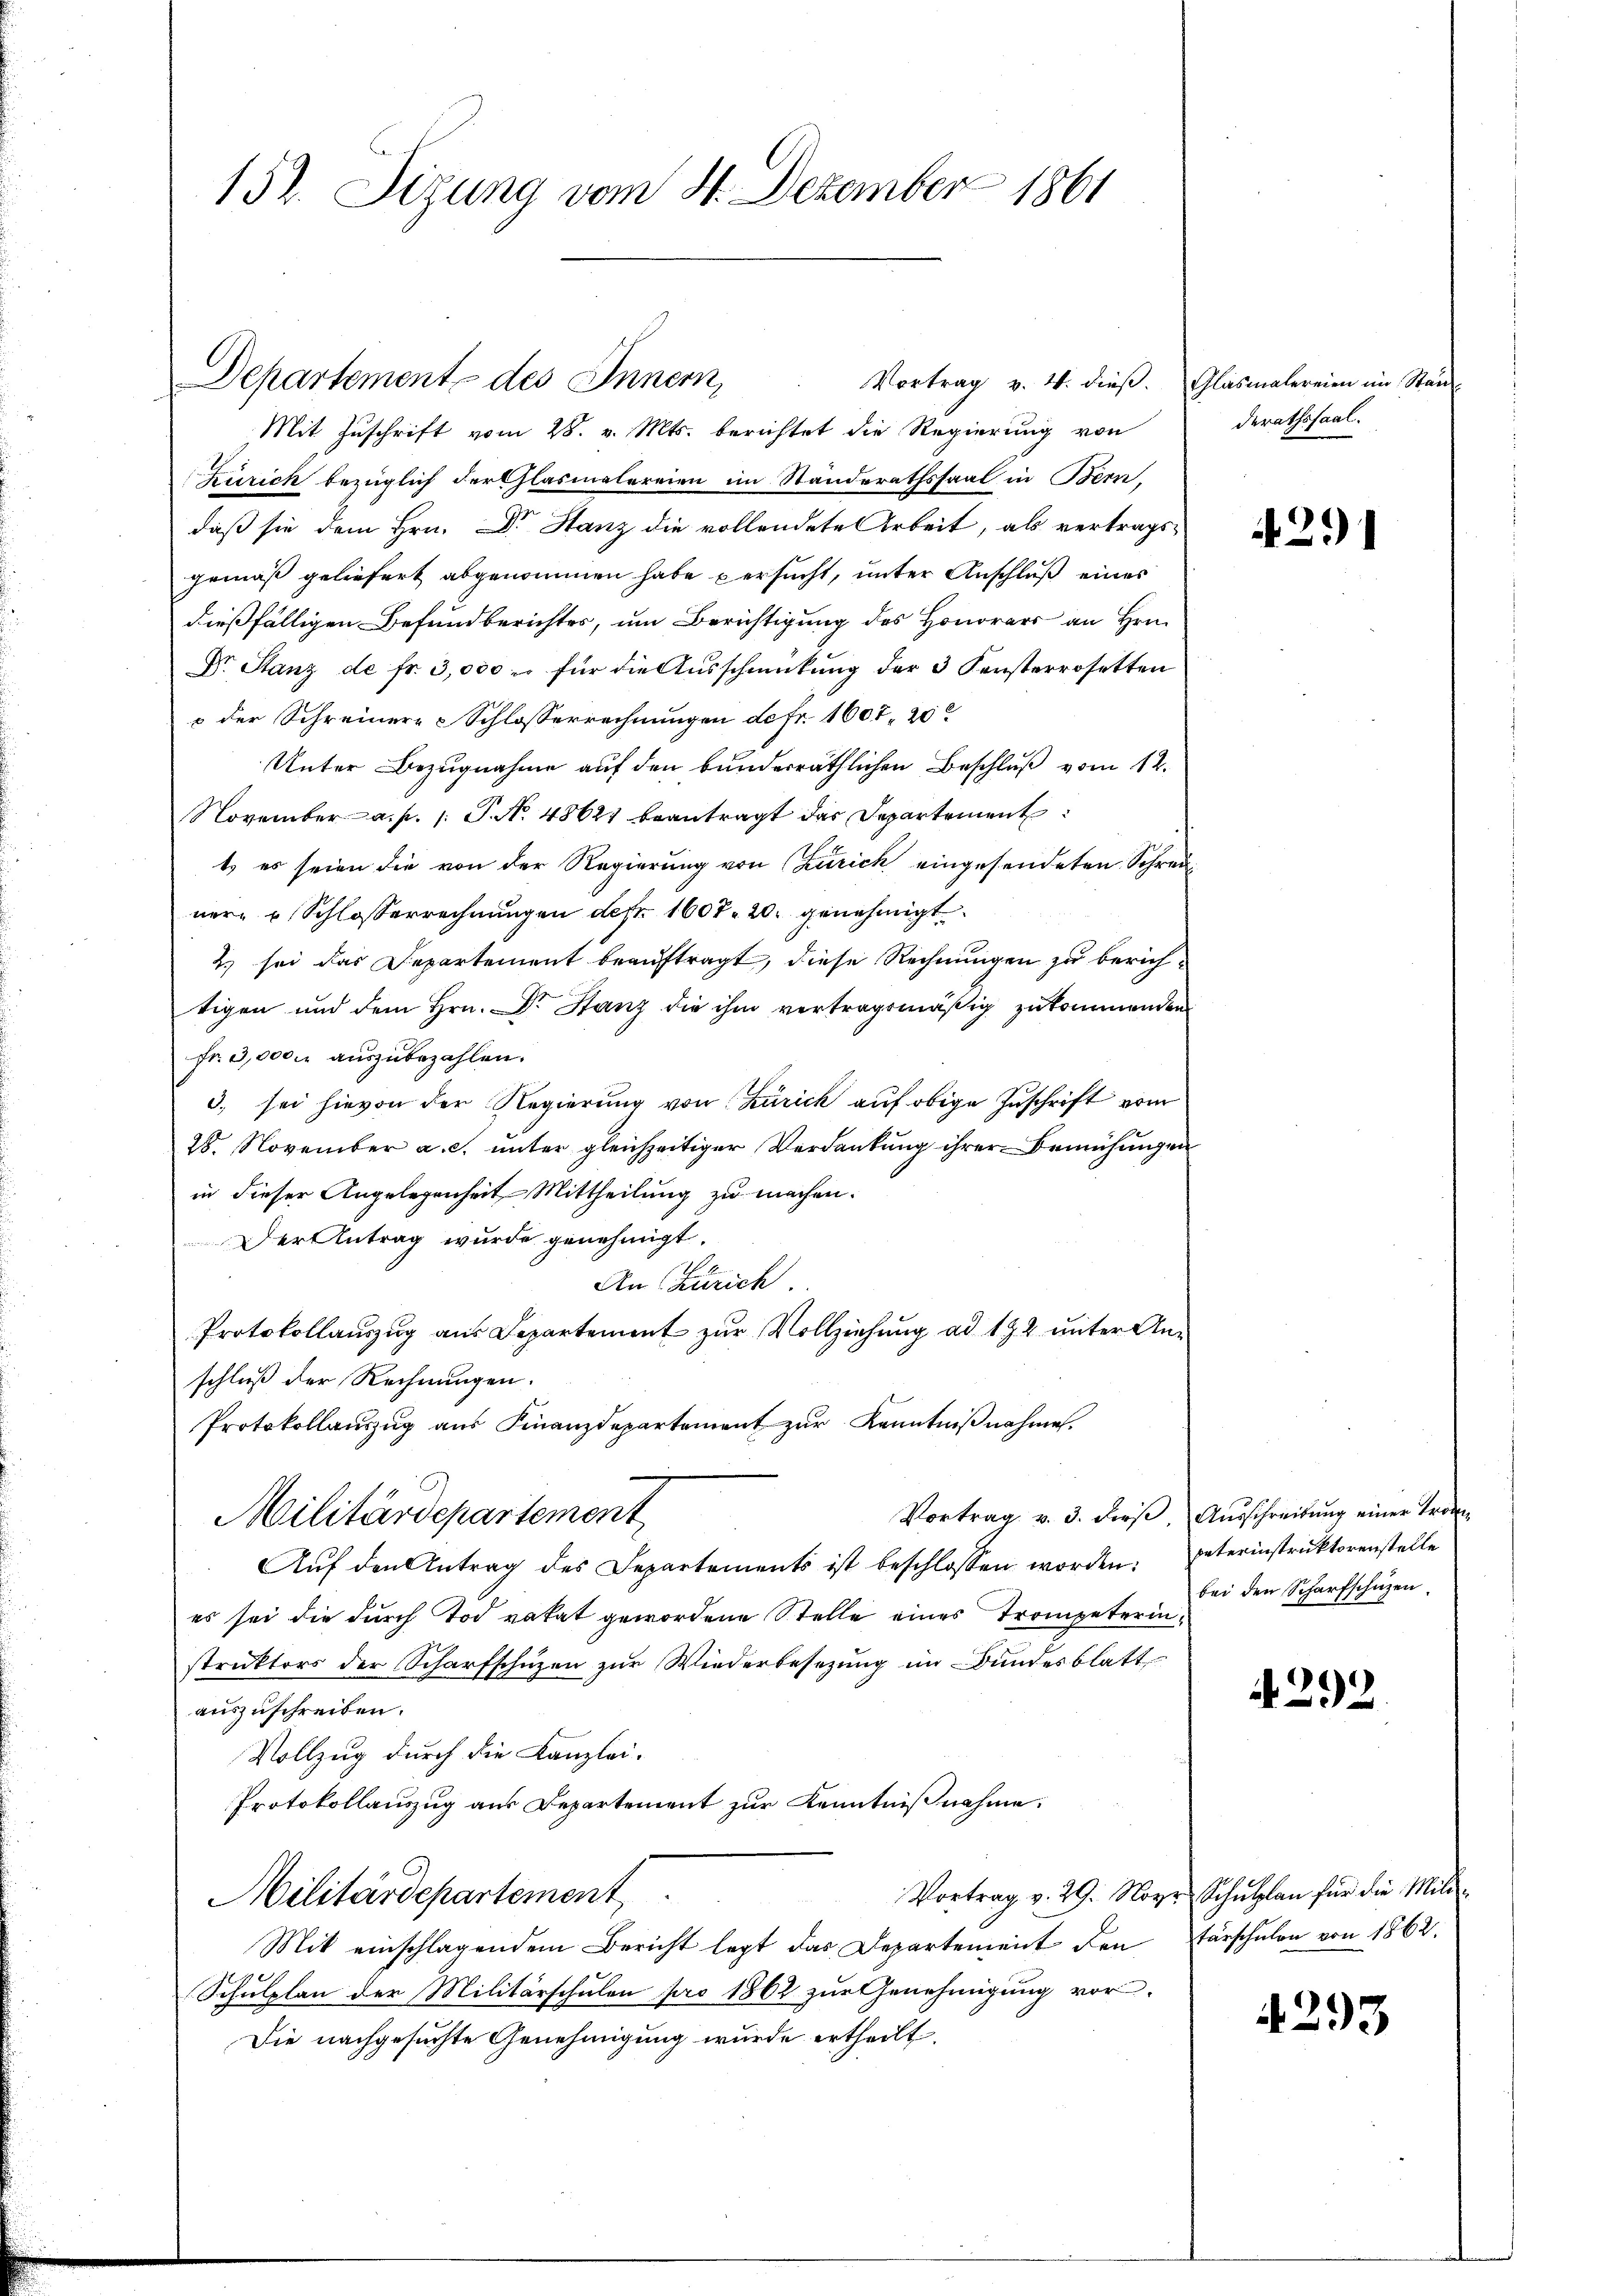
152. Sizung vom 8. Dezember 1861

Departement des Innern,
Vortrag v. 4. dieβ. Glasmalereien im Stan

Mit Zuschrift vom 28. v. Mts. berichtet die Regierung von
Zürich bezüglich der Clasmalereien im Standerathssaal in Bern,
daß sie dem Hrn. Dr Stanz die vollendete Arbeit, als vertrags-
gemäß geliefert abgenommen habe persucht, unter Anschluß eines
dießfälligen Befundberichtes, um Berichtigung des Honorars an Hrn.
Dr. Stanz de fr. 3,000 u. für die Ausschmückung der 3 Fensterrosetten
 der Schreinere Schlosserrechnungen defr. 1607. 20
Unter Bezugnahme auf den bunderräthlichen Beschluß vom 12.
November a. p. /: P. N. 48621 beantragt das Departement
t es seien die von der Regierung von Zurick eingesendeten Schreiner- u Schlosserrechnungen der 1607. 20. genehmigt.
2) sei das Departement beauftragt, diese Rechnungen zu berichtigen und dem Hrn. Dr. Stanz die ihm vertragsmäßig zukommenden
Fr. 3,000. auszubezahlen.
3. sei hievon der Regierŭng von Zürich aŭf obige Zuschrift vom
28. November a. c. unter gleichzeitiger Verdankung ihrer Bemühungen
in dieser Angelegenheit Mittheilung zu machen.
Der Antrag wurde genehmigt.
An Zürich
Protokollauszug aus Departement zur Vollziehung ad 192 unter Anschluß der Rechnungen.
Protokollauszug aus Finanzdepartement zur Kenntnißnahme.
Vortrag v. 3. ders, Ausschreibung einer Troge
Militärdepartement
Aŭf den Antrag des Departements ist beschlossen worden. Peterinstruktorenstelle
es sei die durch Tod vatat gewordene Stelle eines Trompeterinstruktors der Scharfschüzen zŭr Wiederbesetzŭng im Bundesblatt
auszuschreiben.
Vollzug durch die Kanzlei-
Protokollauszug aus Departement zur Kenntnißnahme.
Vortrag v. 29. Noyer Schullen für die Milde-
Militärdepartement
Mit einschlagendem Bericht legt das Departement den Vorschulen von 1862.
Schulplan der Militärschulen pro 1862 zur Genehmigung vor-
Die nachgesuchte Genehmigung wurde ertheilt.

derathssaal.

4291

bei den Scharfschuzen.

4292

4293